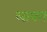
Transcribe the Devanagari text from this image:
लावग